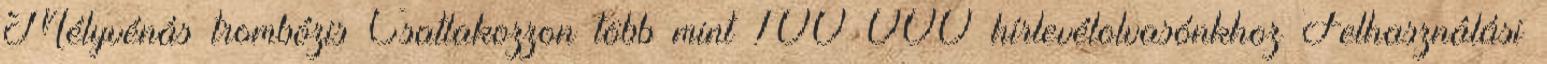
Mélyvénás trombózis Csatlakozzon több mint 100 000 hírlevélolvasónkhoz Felhasználási